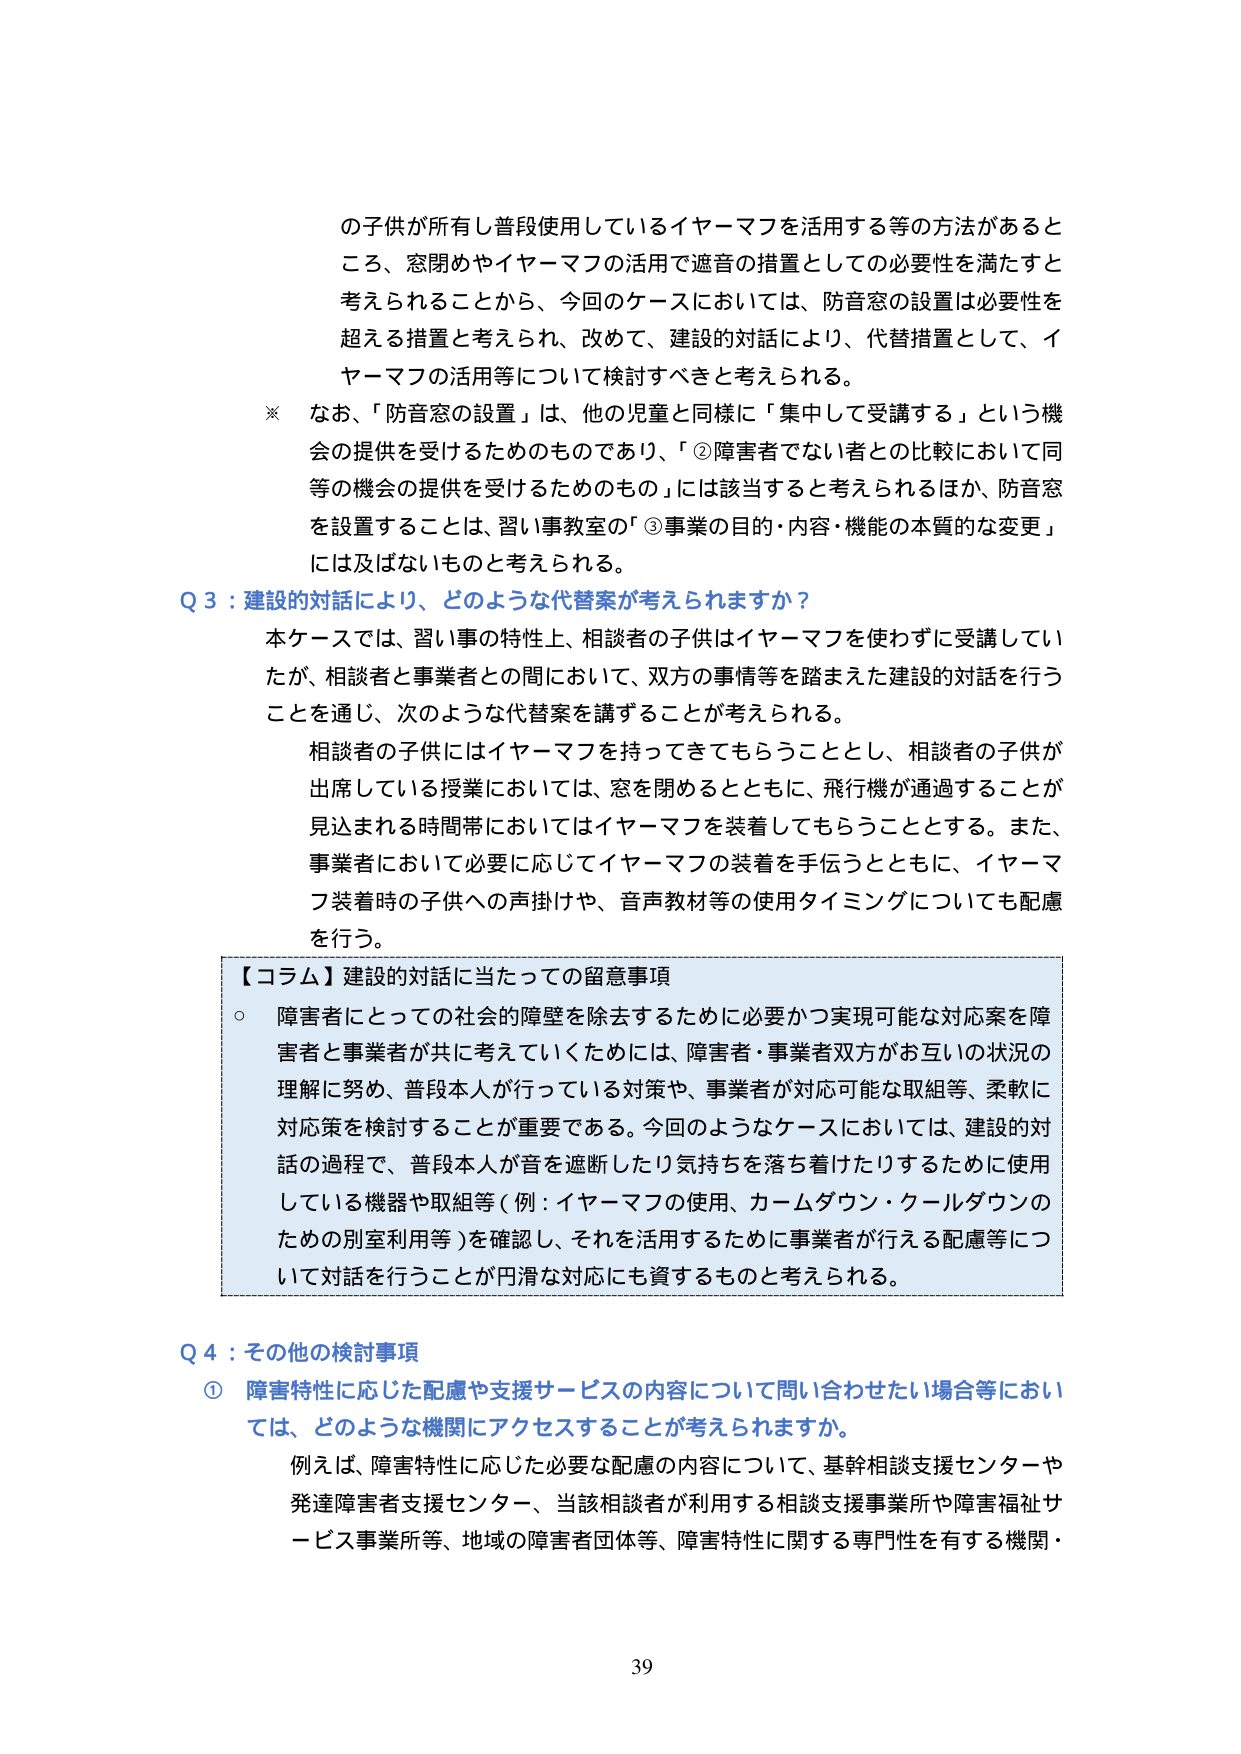
の子供が所有し普段使用しているイヤーマフを活用する等の方法があると
ころ、窓閉めやイヤーマフの活用で遮音の措置としての必要性を満たすと
考えられることから、今回のケースにおいては、防音窓の設置は必要性を
超える措置と考えられ、改めて、建設的対話により、代替措置として、イ
ヤーマフの活用等について検討すべきと考えられる。
※ なお、「防音窓の設置」は、他の児童と同様に「集中して受講する」という機
会の提供を受けるためのものであり、「②障害者でない者との比較において同
等の機会の提供を受けるためのもの」には該当すると考えられるほか、防音窓
を設置することは、習い事教室の「③事業の目的・内容・機能の本質的な変更」
には及ばないものと考えられる。
Q 3：建設的対話により、どのような代替案が考えられますか？
本ケースでは、習い事の特性上、相談者の子供はイヤーマフを使わずに受講してい
たが、相談者と事業者との間において、双方の事情等を踏まえた建設的対話を行う
ことを通じ、次のような代替案を講ずることが考えられる。
相談者の子供にはイヤーマフを持ってきてもらうこととし、相談者の子供が
出席している授業においては、窓を閉めるとともに、飛行機が通過することが
見込まれる時間帯においてはイヤーマフを装着してもらうこととする。また、
事業者において必要に応じてイヤーマフの装着を手伝うとともに、イヤーマ
フ装着時の子供への声掛けや、音声教材等の使用タイミングについても配慮
を行う。
【コラム】建設的対話に当たっての留意事項
○ 障害者にとっての社会的障壁を除去するために必要かつ実現可能な対応案を障
害者と事業者が共に考えていくためには、障害者・事業者双方がお互いの状況の
理解に努め、普段本人が行っている対策や、事業者が対応可能な取組等、柔軟に
対応策を検討することが重要である。今回のようなケースにおいては、建設的対
話の過程で、普段本人が音を遮断したり気持ちを落ち着けたりするために使用
している機器や取組等（例：イヤーマフの使用、カームダウン・クールダウンの
ための別室利用等）を確認し、それを活用するために事業者が行える配慮等につ
いて対話を行うことが円滑な対応にも資するものと考えられる。
Q 4：その他の検討事項
① 障害特性に応じた配慮や支援サービスの内容について問い合わせたい場合等におい
ては、どのような機関にアクセスすることが考えられますか。
例えば、障害特性に応じた必要な配慮の内容について、基幹相談支援センターや
発達障害者支援センター、当該相談者が利用する相談支援事業所や障害福祉サ
ービス事業所等、地域の障害者団体等、障害特性に関する専門性を有する機関・
39